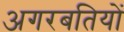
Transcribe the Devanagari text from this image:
अगरबतियों